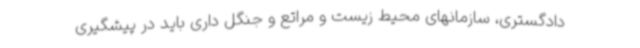
دادگستری، سازمانهای محیط زیست و مراتع و جنگل داری باید در پیشگیری